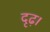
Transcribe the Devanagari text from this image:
दृढ़।